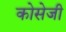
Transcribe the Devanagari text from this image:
कोसेजी